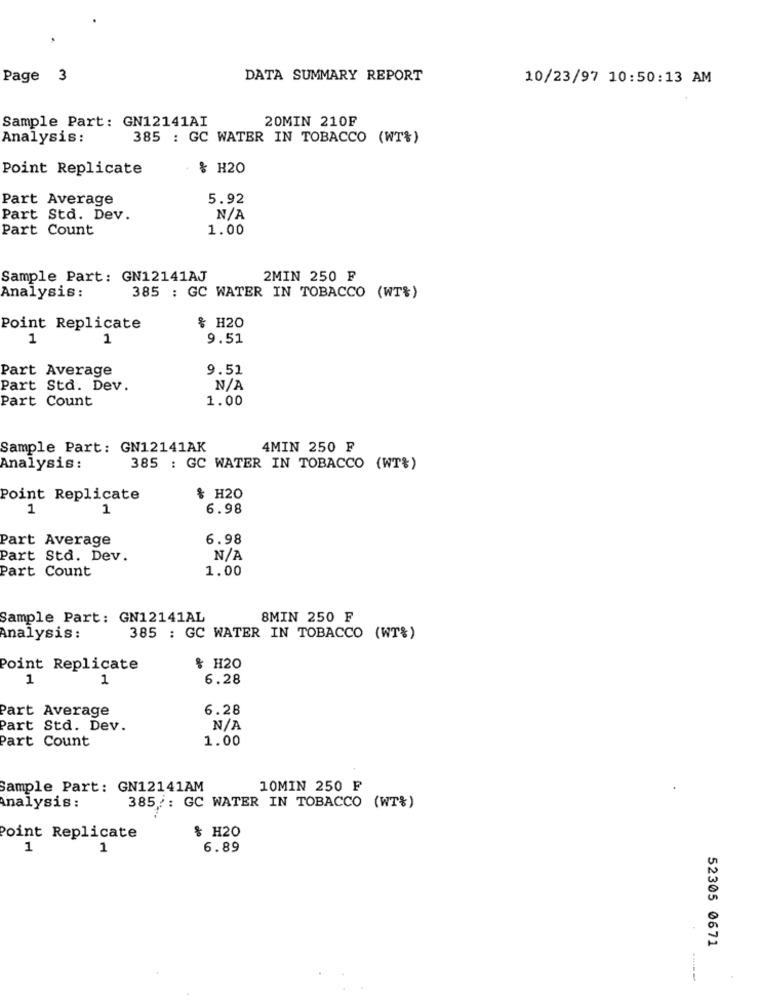
Page
3
DATA SUMMARY REPORT
10/23/97 10:50:13 AM
Sample Part: GN12141AI
20MIN 210F
Analysis:
385 : GC WATER IN TOBACCO (WT%)
Point Replicate
% H20
Part Average
5.92
Part Std. Dev.
Part Count
1.00
Sample Part: GN12141AJ
2MIN 250 F
Analysis:
385 : GC WATER IN TOBACCO (WT&)
Point Replicate
% H20
1
1
9.51
Part Average
9.51
Part Std. Dev.
Part Count
1.00
Sample Part: GN12141AK
4MIN 250 F
Analysis:
385 : GC WATER IN TOBACCO (WT%)
Point Replicate
& H20
1
1
6.98
Part Average
6.98
Part Std. Dev.
Part Count
1.00
Sample Part: GN12141AL
8MIN 250 F
Analysis:
385 : GC WATER IN TOBACCO (WT%)
Point Replicate
& H20
1
1
6.28
Part Average
6.28
Part Std. Dev.
Part Count
1.00
Sample Part: GN12141AM
10MIN 250 F
Analysis:
385 ,: GC WATER IN TOBACCO (WT%)
& H20
Point Replicate
1
1
6.89
52305 0671